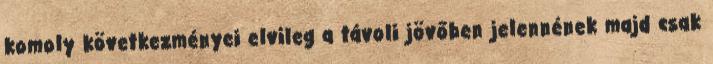
komoly következményei elvileg a távoli jövőben jelennének majd csak